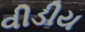
વીડીય